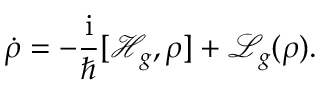
\dot { \rho } = - \frac { \mathrm { i } } { \hbar } [ \mathcal { H } _ { g } , \rho ] + \mathcal { L } _ { g } ( \rho ) .